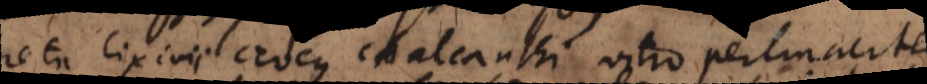
Creta lixivii, crocus chalcanthi vitro pertinaciter